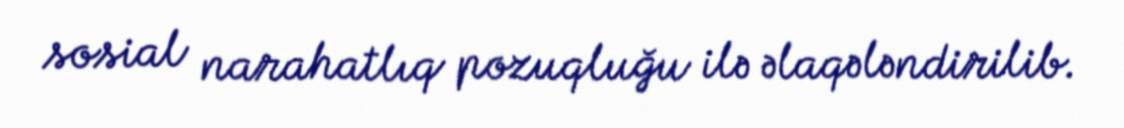
sosial narahatlıq pozuqluğu ilə əlaqələndirilib.